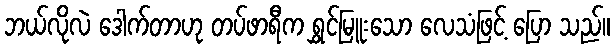
ဘယ်လိုလဲ ဒေါက်တာဟု တပ်ဖာရီက ရွှင်မြူးသော လေသံဖြင့် ပြော သည်။